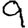
Digit: 9